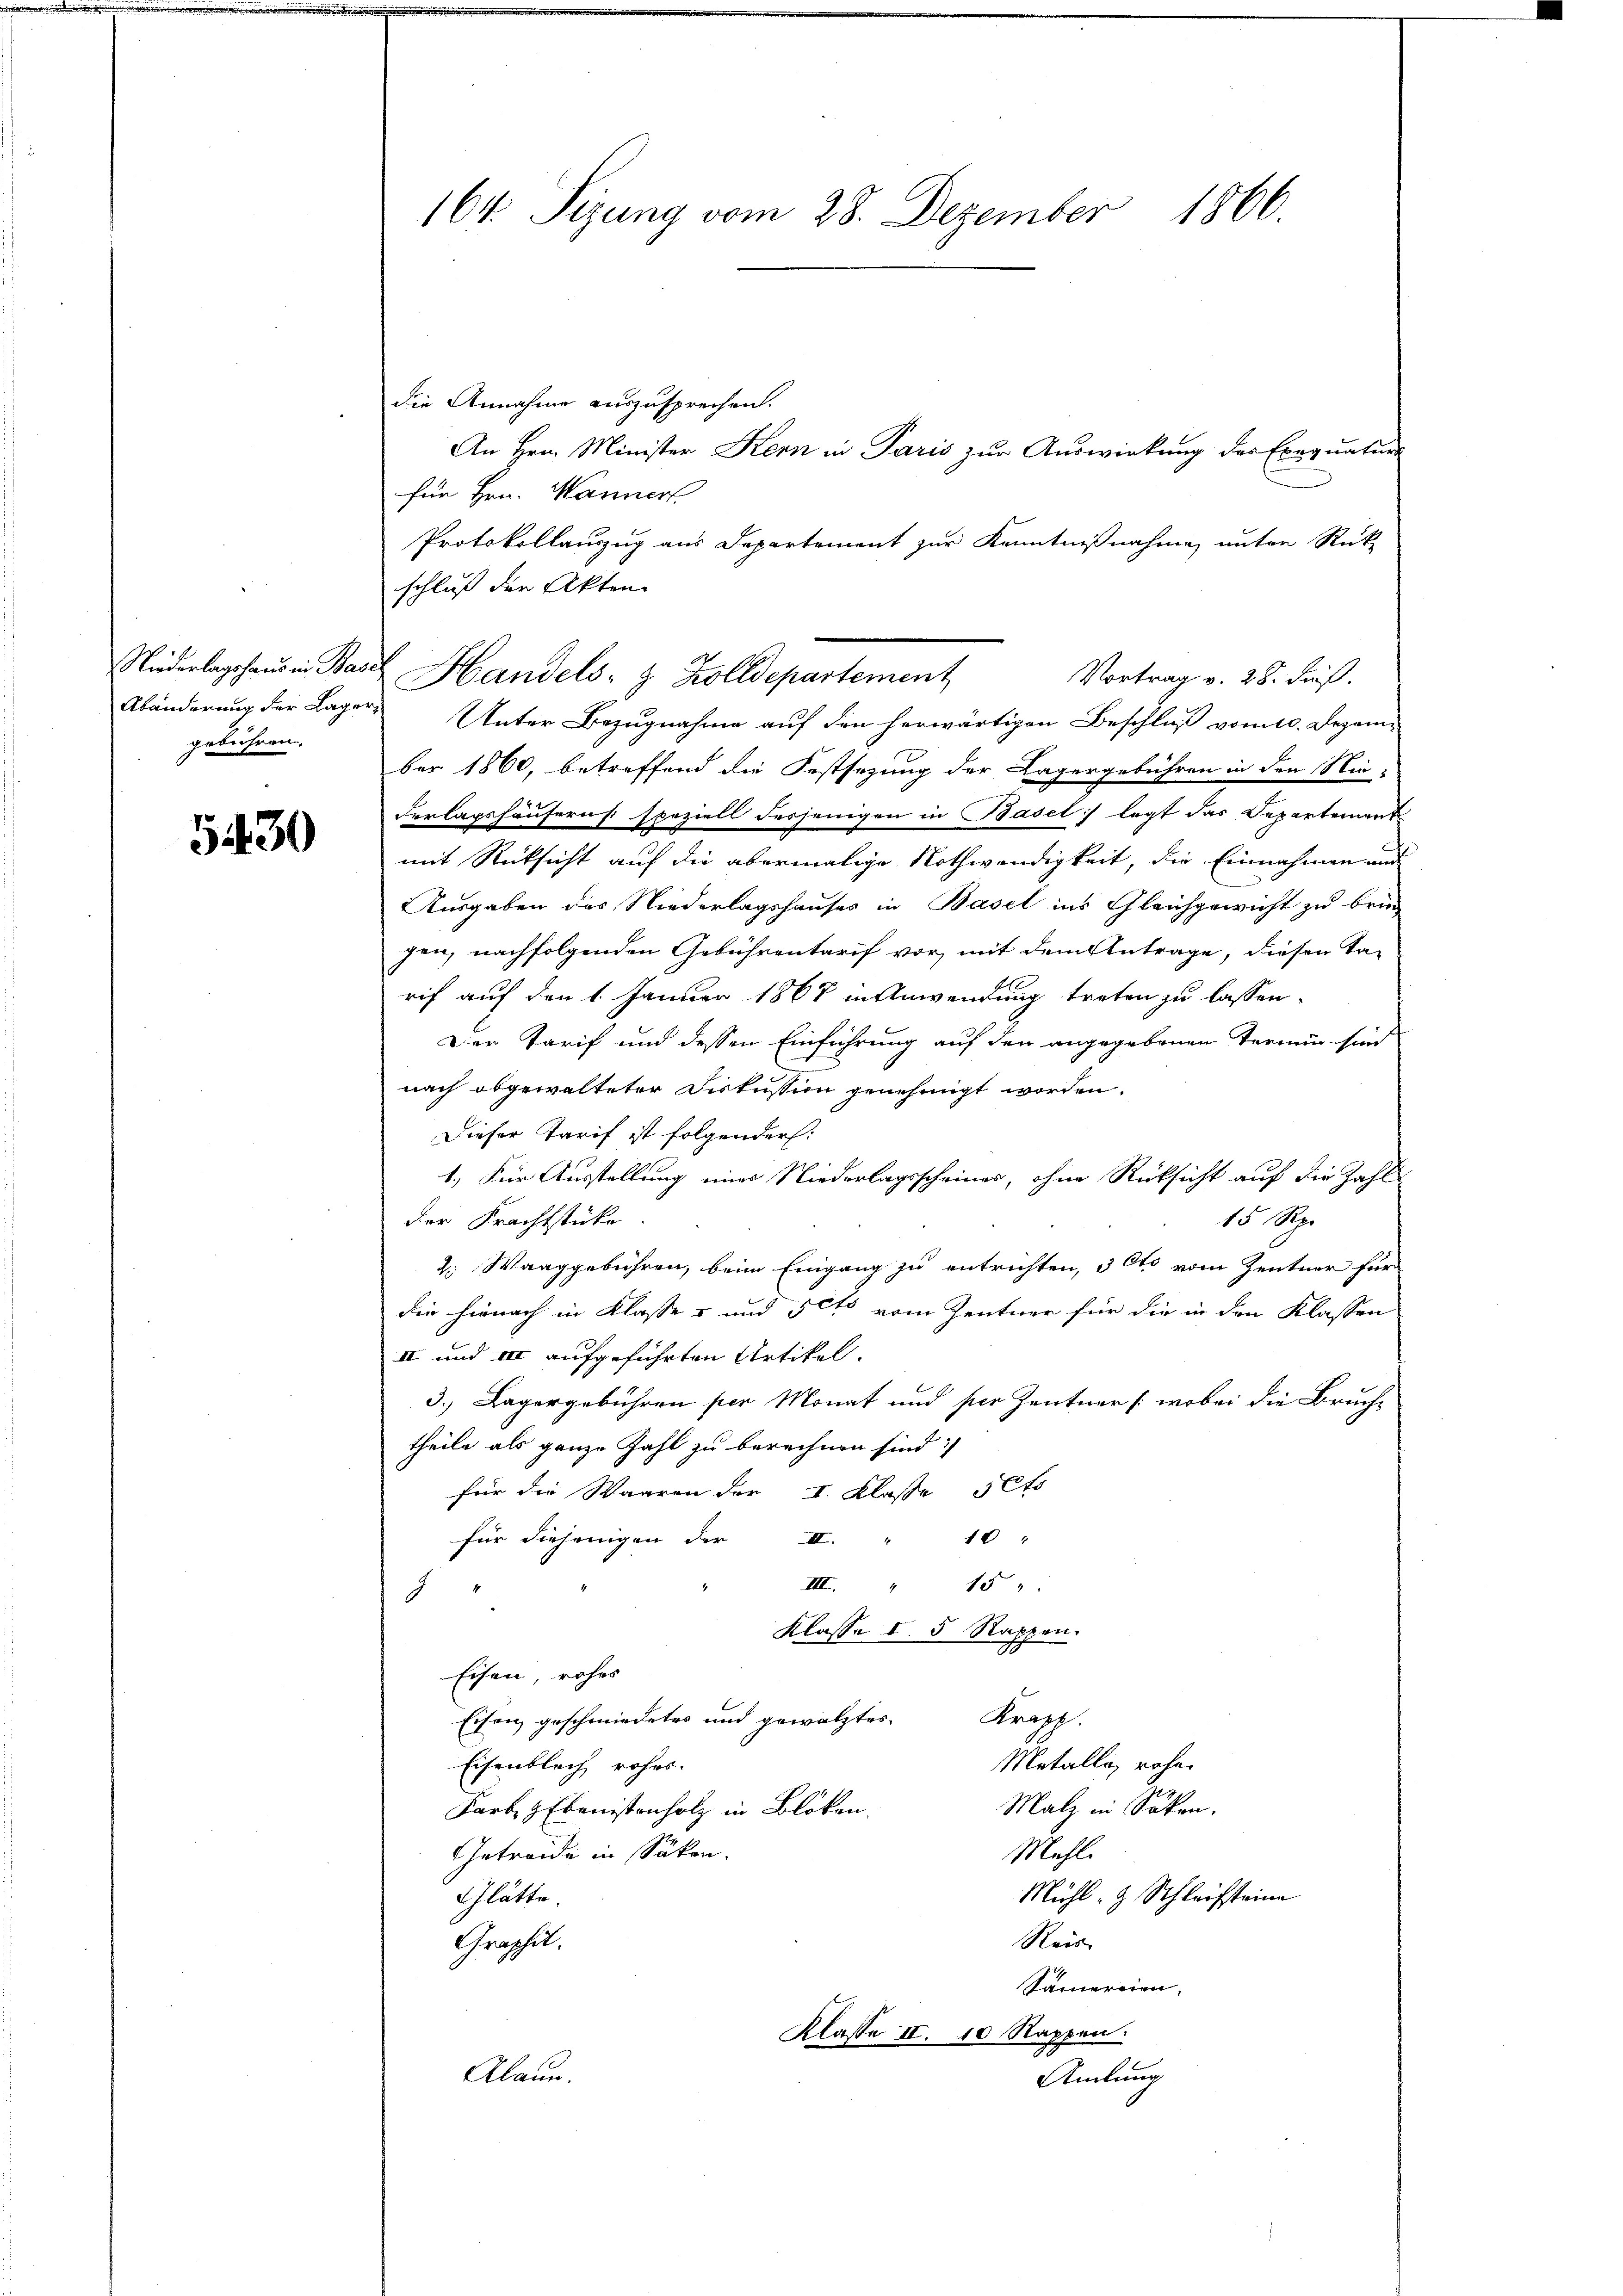
gebühren.

5430

die Annahme auszusprechen.
An Hrn. Minister Kern in Paris zur Auswirkung des Exequatur-
für Hrn. Wannerl
Protokollauszug aus Departement zur Kenntnißnahme unter Rück-
schluß der Akten
Niederlagshaus in Basel Handels- & Zolldepartement
Vortrag v. 28. dieß.
Abänderung der Lager Unter Bezugnahme auf den herwärtigen Beschluß vom 10. Dezem-
ber 1860, betreffend die Festsezung der Lagergebühren in den Nie-
derlagshäusern speziell desjenigen in Basel legt das Departement
mit Rücksicht auf die abermalige Nothwendigkeit, die Einnahmen und
Ausgaben des Niederlagshauses in Basel ins Gleichgewicht zu brin
gen, nachfolgenden Gebührentarif vor, mit dem Antrage, diesen Tarif auf den 1. Januar 1867 in Anwendung treten zu lassen.
Der Tarif und dessen Einführung auf den angegebenen Termin sind
nach abgewalteter Diskussion genehmigt worden.
Dieser Tarif ist folgender:
1.) Für Ausstellung eines Niederlagsscheines, ohne Rücksicht auf die Zahl-
15 Rp.
der Frachtstücke
2. Waaggebühren, beim Eingang zu entrichten, 3 Cto vom Zentner für
die hienach in Klasse u und 5 Cts vom Zentner für die in den Klassen
II und III aufgeführten Artikel.
3.) Lagergebühren per Monat und per Zentner (wobei die Bruch-
theile als ganze Zahl zu berechnen sind:
für die Waaren der I. Klasse 5 Cts
10
für diejenigen der II.
15
III.
d
Klasse I. 5 Rappen.
h
Eisen, rohes
Eisen geschmiedetes und gewälztes Krapp.
Metalla rohe
Eisenblich rohes.
Malz in Saken.
Farb H Ebenistenholz in Bloken.
Mehl.
Getreide in Säken.
Mühl- & Schleifsteine
Glätte.
Reis
Graphil.
Samereien.
Klasse II. 10 Rappen
Alaun.
Amlung

164. Sizung vom 28. Dezember 1866.